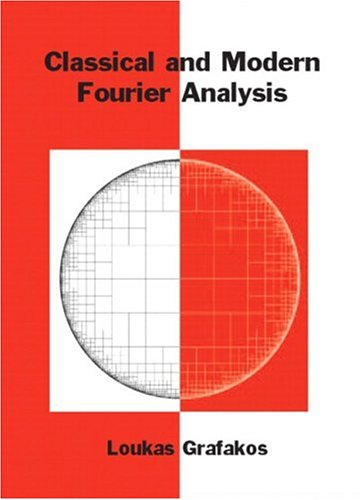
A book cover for Classical and Modern Fourier Analysis; Loukas Grafakos; Science & Math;